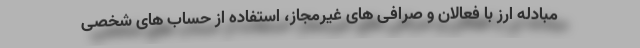
مبادله ارز با فعالان و صرافی‌ های غیرمجاز، استفاده از حساب ‌های شخصی